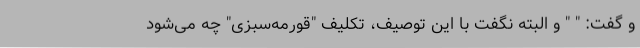
و گفت: " " و البته نگفت با این توصیف، تکلیف "قورمه‌سبزی" چه می‌شود